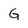
Character: G